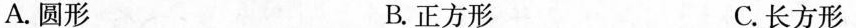
A.圆形 B.正方形 C.长方形